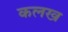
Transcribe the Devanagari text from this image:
कलख